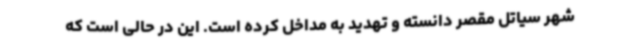
شهر سیاتل مقصر دانسته و تهدید به مداخل کرده است. این در حالی است که